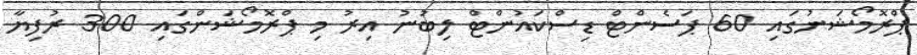
ޕްރޮމޯޝަނުގައި 60 ޕަސެންޓް ޑިސްކައުންޓް ލިބުނު އިރު މި ޕްރޮމޯޝަންގައި 300 ރުފިޔާ